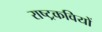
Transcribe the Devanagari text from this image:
राष्ट्रकवियों